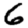
Digit: 6